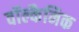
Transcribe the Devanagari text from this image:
वॉल्कैनिक